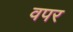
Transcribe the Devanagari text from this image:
वपर